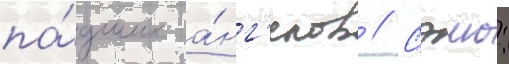
па́дших а́нг'елов // Сэию: